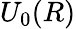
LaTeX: U_{0}(R)